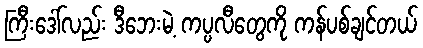
ကြီးဒေါ်လည်း ဒီဘေးမဲ့ ကပ္ပလီတွေကို ကန်ပစ်ချင်တယ်